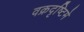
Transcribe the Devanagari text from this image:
वक्रदृष्टिमे